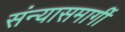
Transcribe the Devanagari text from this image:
संन्यासमार्गी